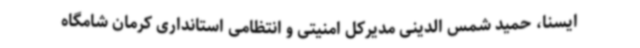
ایسنا، حمید شمس الدینی مدیرکل امنیتی و انتظامی استانداری کرمان شامگاه